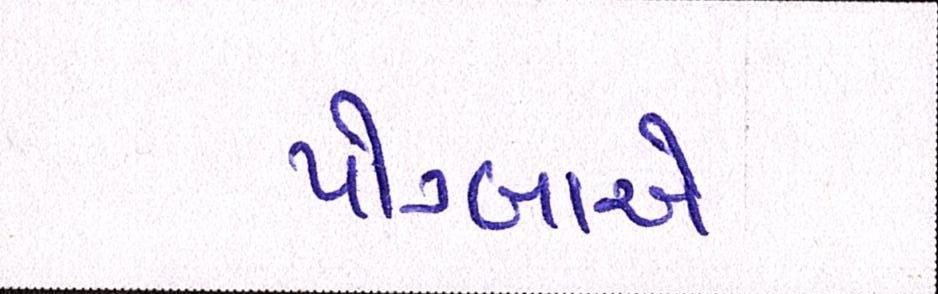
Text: પોગ્બાએ